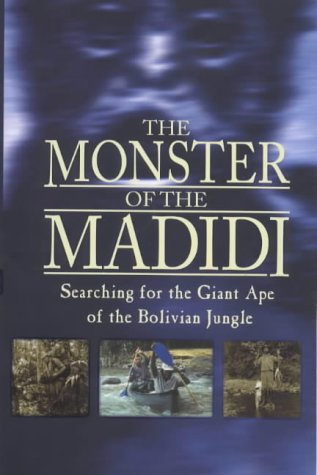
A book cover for The Monster of the Madidi: Searching for the Giant Ape of the Bolivian Jungle; Simon Chapman; Travel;